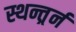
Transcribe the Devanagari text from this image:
स्थन्तर्र्न